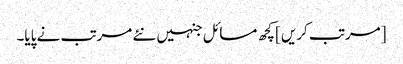
[مرتب کریں] کچھ مسائل جنہیں نئے مرتب نے پایا۔